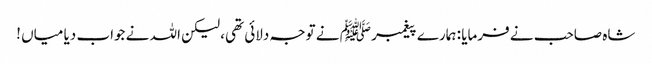
شاہ صاحب نے فرمایا : ہمارے پیغمبر ﷺ نے توجہ دلائی تھی، لیکن اللہ نے جواب دیا میاں !